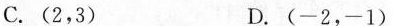
C.(2，3) D.(-2，-1)